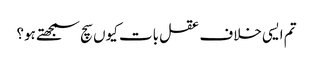
تم ایسی خلاف عقل بات کیوں سچ سمجھتے ہو؟